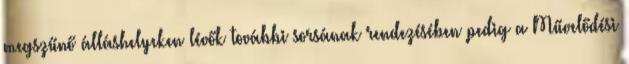
megszűnő álláshelyeken lévők további sorsának rendezésében pedig a Művelődési